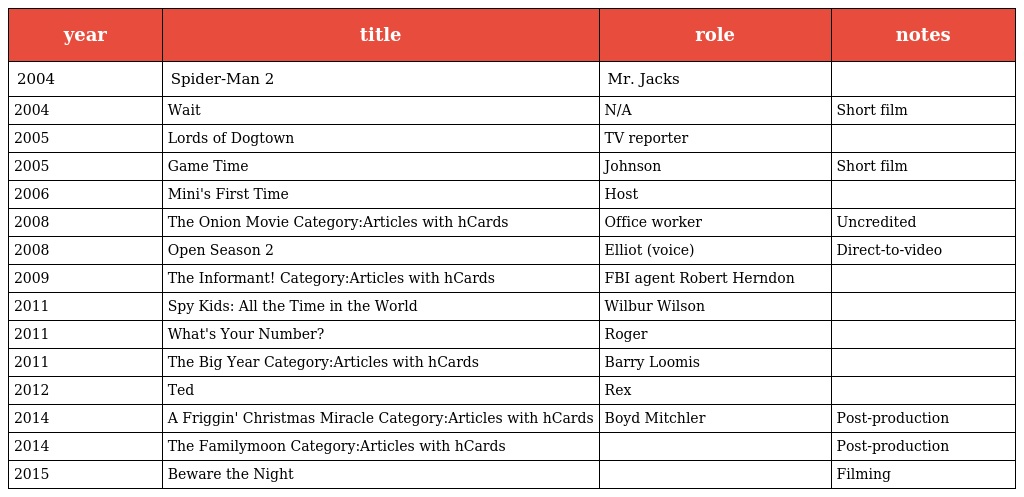
| year | title | role | notes |
 | --- | --- | --- | --- |
 | 2004 | Spider-Man 2 | Mr. Jacks |  |
 | 2004 | Wait | N/A | Short film |
 | 2005 | Lords of Dogtown | TV reporter |  |
 | 2005 | Game Time | Johnson | Short film |
 | 2006 | Mini's First Time | Host |  |
 | 2008 | The Onion Movie Category:Articles with hCards | Office worker | Uncredited |
 | 2008 | Open Season 2 | Elliot (voice) | Direct-to-video |
 | 2009 | The Informant! Category:Articles with hCards | FBI agent Robert Herndon |  |
 | 2011 | Spy Kids: All the Time in the World | Wilbur Wilson |  |
 | 2011 | What's Your Number? | Roger |  |
 | 2011 | The Big Year Category:Articles with hCards | Barry Loomis |  |
 | 2012 | Ted | Rex |  |
 | 2014 | A Friggin' Christmas Miracle Category:Articles with hCards | Boyd Mitchler | Post-production |
 | 2014 | The Familymoon Category:Articles with hCards |  | Post-production |
 | 2015 | Beware the Night |  | Filming |